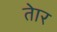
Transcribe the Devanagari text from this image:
तेार